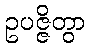
ဥပဇ္ဇိတွာ